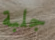
جلبة